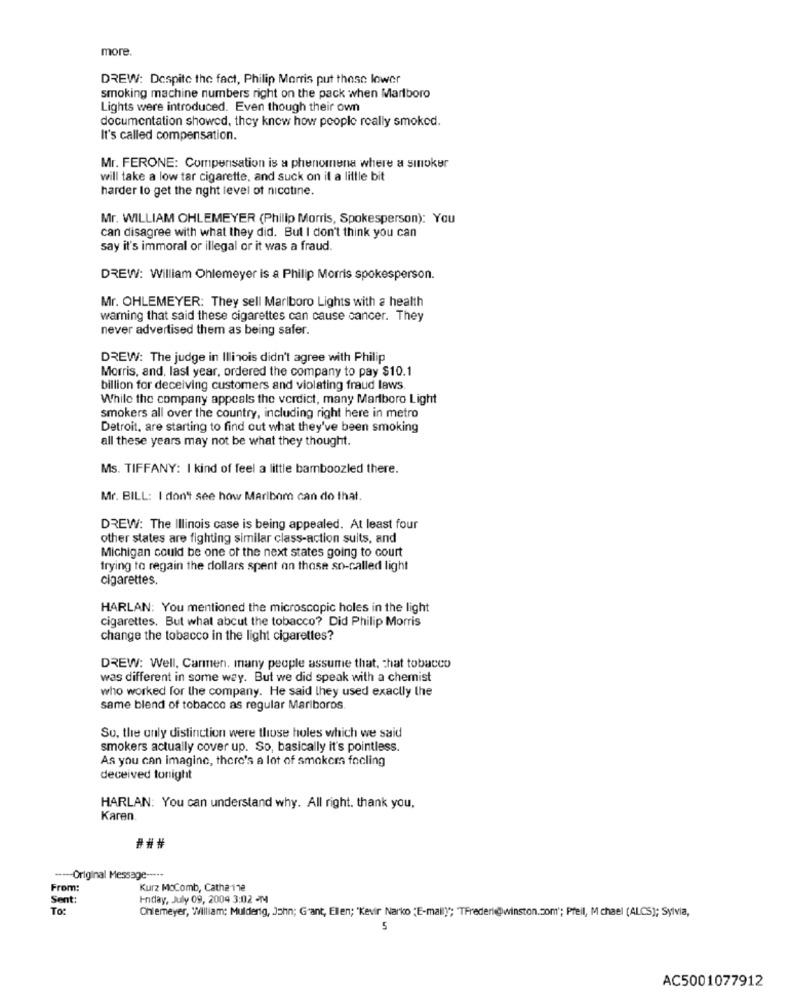
more
DREW: Despite the fact, Philip Morris put these lower
smoking machine numbers right on the pack when Marlboro
Lights were introduced. Even though their own
documentation showed, they know how people really smoked.
It's called compensation.
Mr. FERONE: Compensation is a phenomena where a sinoker
will take a low tar cigarette, and suck on it a little bit
harder to get the night level of nicotine.
Mr. WILLIAM OHLEMEYER (Philip Morris, Spokesperson): You
can disagree with what they did. But I don't think you can
say it's immoral or illegal or it was a fraud.
DREW: William Ohlemeyer is a Philip Morris spokesperson.
Mr. OHLEMEYER: They sell Marlboro Lights with a health
warning that said these cigarettes can cause cancer. They
never advertised them as being safer.
DREW: The judge in Illinois didn't agree with Philip
Morris, and, last year, ordered the company to pay $10.1
billion for deceiving customers and violating fraud laws.
While the company appeals the verdict, many Marlboro Light
smokers all over the country, including right here in metro
Detroit, are starting to find out what they've been smoking
all these years may not be what they thought.
Ms. TIFFANY: I kind of feel a little bamboozled there.
Mr. BILL: I don't see how Maribor can do that.
DREW: The Illinois case is being appealed. At least four
other states are fighting similar class-action suits, and
Michigan could be one of the next states going to court
trying to regain the dollars spent on those so-called light
cigarettes.
HARLAN: You mentioned the microscopic holes in the light
cigarettes. But what about the tobacco? Did Philip Morris
change the tobacco in the light cigarettes?
DREW: Well, Carmen, many people assume that, chat tobacco
was different in some way. But we did speak with a chemist
who worked for the company. He said they used exactly the
same blend of tobacco as regular Mariboros
Su. the only distinction were those holes which we said
smokers actually cover up. So, basically it's pointless.
As you can imagine, there's a lot of smokema focling
deceived tonight
HARLAN: You can understand why. All right. thank you,
Karen
--- Original Message -----
From:
Kurz McComb, Cathe-11e
Sent
Friday, July 09, 2004 3:02 PM
To:
Chlemeyer, William; Mulderig, John; Grant, Ellen; 'Kevir Narko "E-mail)"; TFrederi@winston.com'; Pfeil, M chael (ALCS); Sylvia,
5
AC5001077912